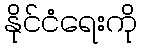
နိုင်ငံရေးကို